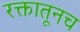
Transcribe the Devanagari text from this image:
रक्तातूनच